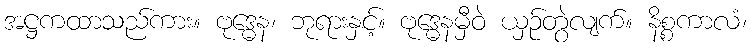
အဋ္ဌကထာသည်ကား။ ဗုဒ္ဓေန၊ ဘုရားနှင့်။ ဗုဒ္ဓေနမှီဝဲ ယှဉ်တွဲလျက်။ နိစ္စကာလံ၊